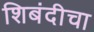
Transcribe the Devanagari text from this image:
शिबंदीचा